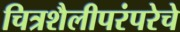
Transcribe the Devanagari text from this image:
चित्रशैलीपरंपरेचे